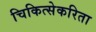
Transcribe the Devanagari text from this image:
चिकित्सेकरिता